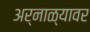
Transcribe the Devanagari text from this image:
अर्नाळ्यावर